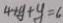
4 x y + y = 6